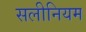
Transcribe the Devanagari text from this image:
सलीनियम